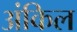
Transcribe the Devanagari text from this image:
अंकिल